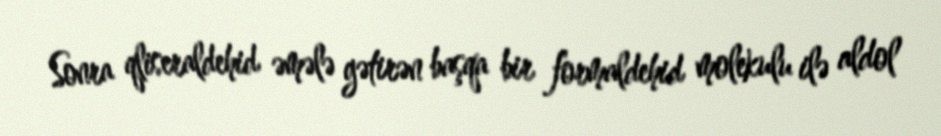
Sonra qliseraldehid əmələ gətirən başqa bir formaldehid molekulu ilə aldol